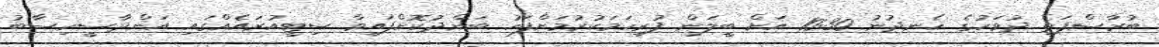
ބުރާސްފަތި ދުވަހުގެ ހެނދުނު 10:30 އަށް ބީލަން ފުރިހަމަކުރުމަށްފަހު ބަންދުކޮށްފައިވާ ސިޓީއުރައެއްގައި އަންދާސީހިސާބު